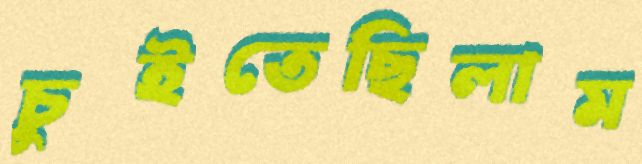
চুইতেছিলাম